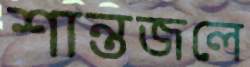
শান্তজলে